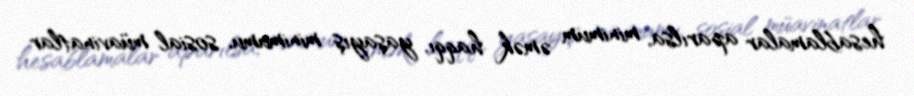
hesablamalar aparılsa, minimum əmək haqqı, yaşayış minimumu, sosial müavinatlar